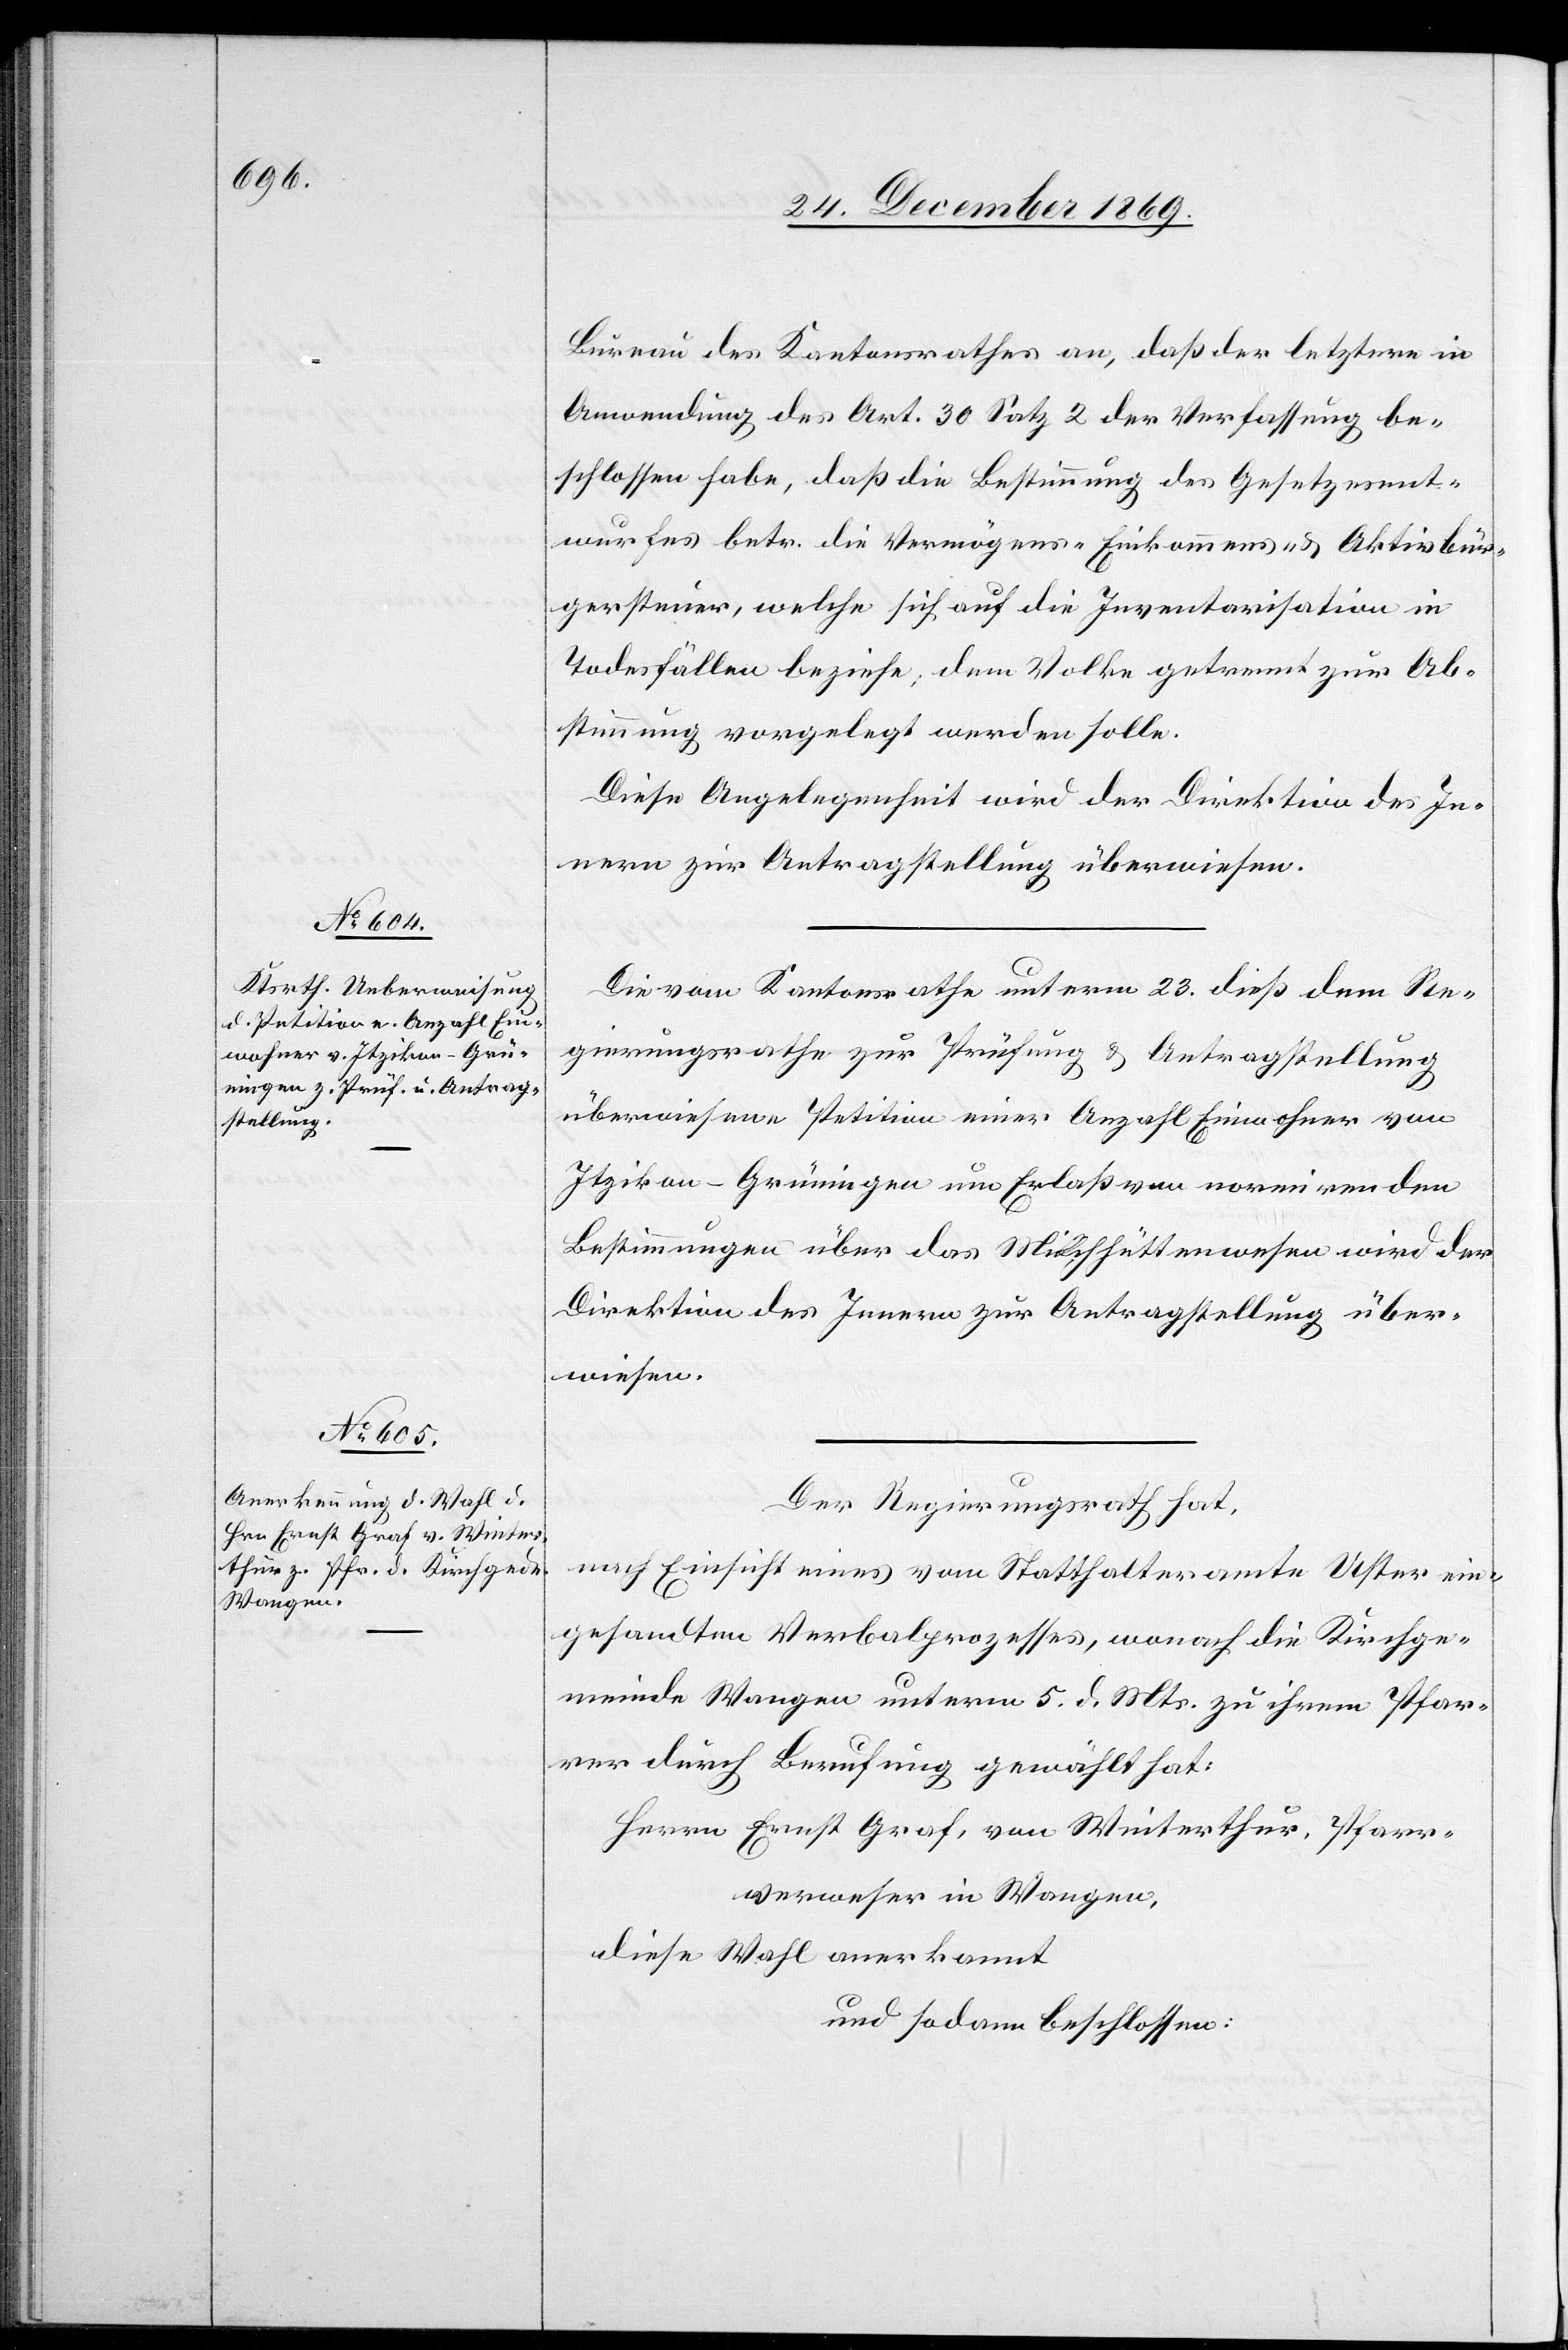
Bureau des Kantonsrathes an, daß der letztere in
Anwendung des Art. 30 Satz 2 der Verfassung be¬
schlossen habe, daß die Bestimmung des Gesetzesent¬
wurfes betr. die Vermögens-[,] Einkommens- & Aktivbür¬
gersteuer, welche sich auf die Inventarisation in
Todesfällen beziehe, dem Volke getrennt zur Ab¬
stimmung vorgelegt werden solle.
Diese Angelegenheit wird der Direktion des In¬
nern zur Antragstellung überwiesen.
Die vom Kantonsrathe unterm 23. dieß dem Re¬
gierungsrathe zur Prüfung & Antragstellung
überwiesene Petition einer Anzahl Einwohner von
Itzikon - Grüningen um Erlaß von normirenden
Bestimmungen über das Milchhüttenwesen wird der
Direktion des Innern zur Antragstellung über¬
wiesen.
Der Regierungsrath hat,
nach Einsicht eines vom Statthalteramte Uster ein¬
gesandten Verbalprozesses, wonach die Kirchge¬
meinde Wangen unterm 5. d. Mts. zu ihrem Pfar¬
rer durch Berufung gewählt hat:
Herrn Ernst Graf, von Winterthur, Pfarr¬
verweser in Wangen,
diese Wahl anerkannt
und sodann beschlossen: